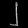
Digit: ၂